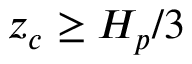
z _ { c } \ge H _ { p } / 3